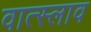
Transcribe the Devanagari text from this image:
वात्स्लाव